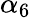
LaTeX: \alpha_{6}